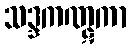
သဒ္ဒကဏ္ဋကာ